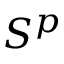
S ^ { p }